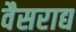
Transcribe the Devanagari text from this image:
वैसराद्य